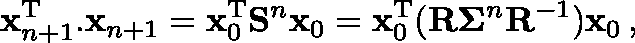
{ \bf x } _ { n + 1 } ^ { \mathrm { T } } . { \bf x } _ { n + 1 } = { \bf x } _ { 0 } ^ { \mathrm { T } } { \bf S } ^ { n } { \bf x } _ { 0 } = { \bf x } _ { 0 } ^ { \mathrm { T } } ( { \bf R } \mathbf { \Sigma } ^ { n } { \bf R } ^ { - 1 } ) { \bf x } _ { 0 } \, ,